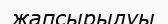
жапсырылуы